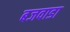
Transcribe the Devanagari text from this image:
बजवाडा